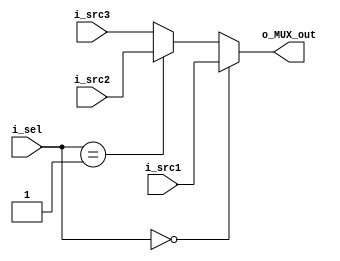
module MUX_3BIT(
    input [15:0] i_src1, i_src2, i_src3,
    input [1:0] i_sel,
    output [15:0] o_MUX_out
);

assign o_MUX_out = (i_sel == 2'b00)? i_src1
    : (i_sel == 2'b01)? i_src2
    : (i_sel == 2'b10)? i_src3 : i_src3;

endmodule